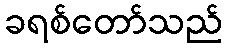
ခရစ်တော်သည်